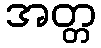
အတ္တ